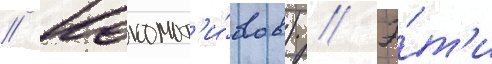
// Локомот'и́вов) // Э́т'и